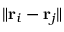
\| { \bf r } _ { i } - { \bf r } _ { j } \|